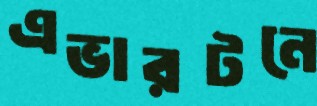
এভারটনে